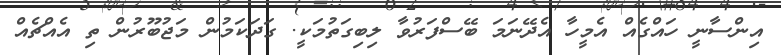
އިންސާނީ ހައްގެއް އެމީހާ އެދޭނަމަ ބޭސްފަރުވާ ލިބިގަތުމަކީ. ގަދަކަމުން މަޖުބޫރުން ތި އެއްޗެއް